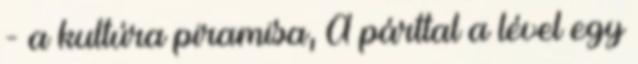
- a kultúra piramisa, A párttal a lével egy